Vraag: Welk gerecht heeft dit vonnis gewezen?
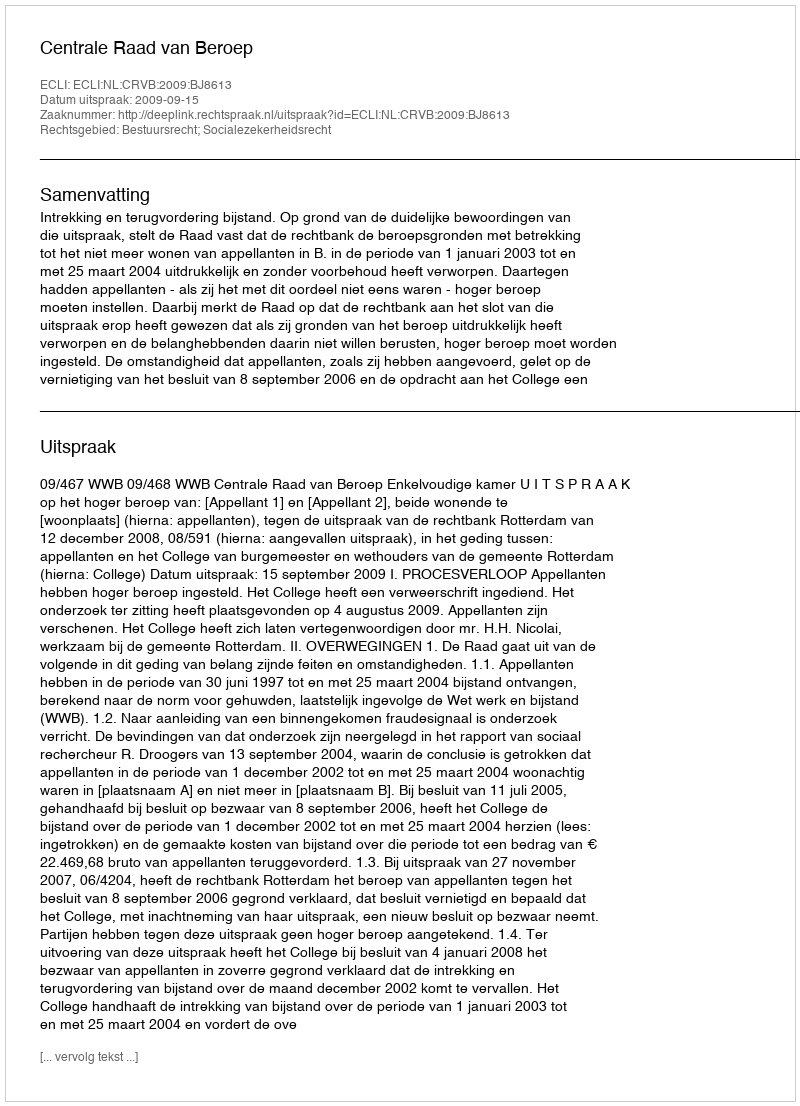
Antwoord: Centrale Raad van Beroep